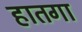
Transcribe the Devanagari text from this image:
हातगा